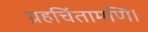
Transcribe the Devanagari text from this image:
ग्रहचिंतामणि।